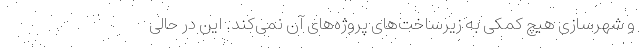
و شهرسازی هیچ کمکی به زیرساخت‌های پروژه‌های آن نمی‌کند. این در حالی